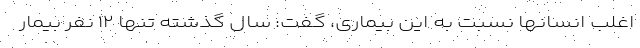
اغلب انسانها نسبت به این بیماری، گفت: سال گذشته تنها ۱۲ نفر بیمار